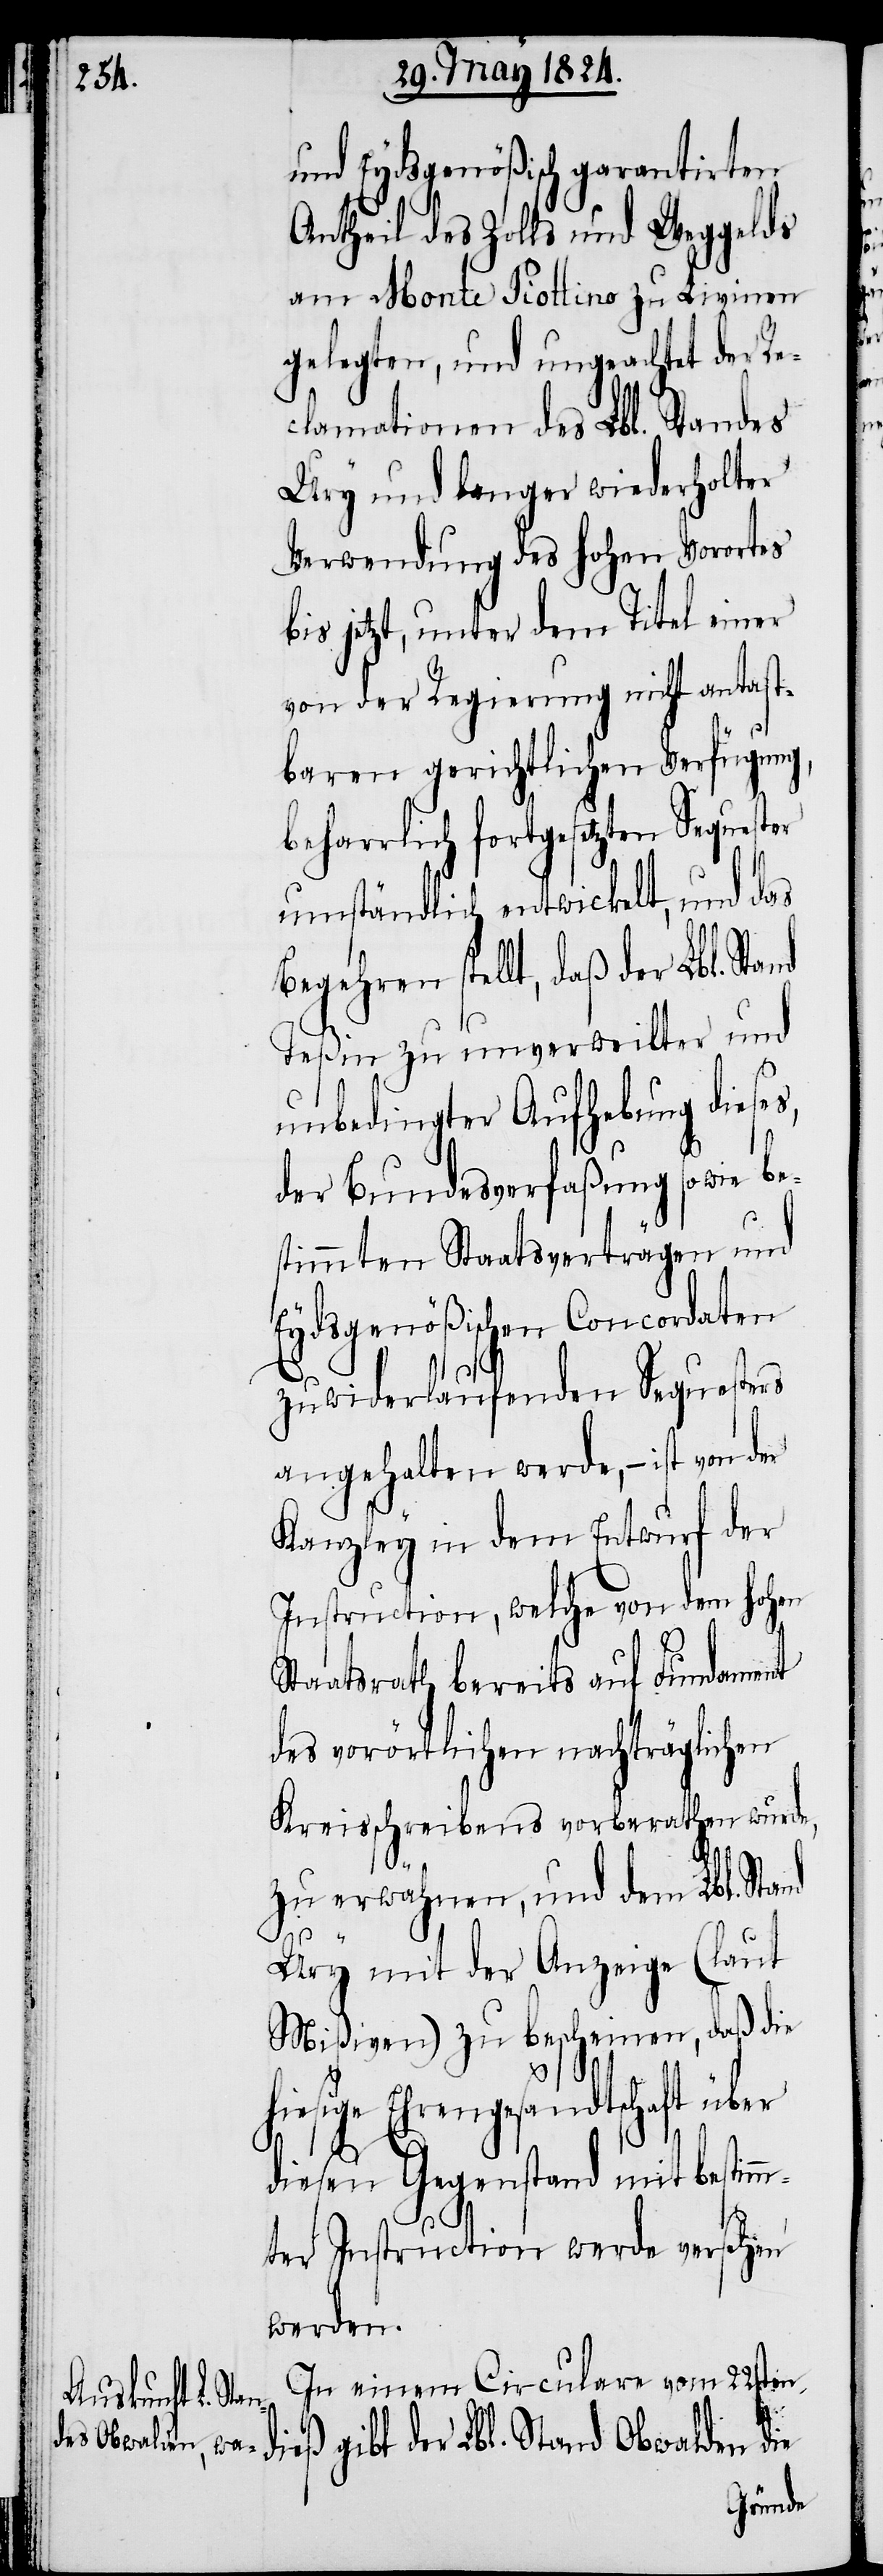
und Eydsgenößisch garantirten
Antheil des Zolls und Weggelds
am Monte Piottino zu Livinen
gelegten, und ungeachtet der Re¬
clamationen des Lbl. Standes
Ury und langer wiederholter
Verwendung des hohen Vorortes
bis jetzt, unter dem Titel einer
von der Regierung nicht antast¬
baren gerichtlichen Verfügung,
beharrlich fortgesetzten Sequest¬
umständlich entwickelt, und das
Begehren stellt, daß der Lbl. Sta¬
Teßin zu unverweilter und
unbedingter Aufhebung dieses
der Bundesverfaßung sowie be¬
stimmten Staatsverträgen und
Eydsgenößischen Concordaten
zuwiderlaufenden Sequesters
angehalten werde, – ist von der
Kanzley in dem Entwurf der
Instruction, welche von dem hohen
Staatsrath bereits auf Fundament
des vorörtlichen nachträglichen
Kreisschreiben vorberathen wurde,
zu erwähnen, und dem Lbl. Sta¬
nd
Ury mit der Anzeige (laut
Mißiven) zu bescheinen, daß die
hiesige Ehrengesandtschaft über
diesen Gegenstand mit bestimm¬
ter Instruction werde versehen
werden.
In einem Circulare vom 22st¬
en dieß gibt der Lbl. Stand Obwalden die